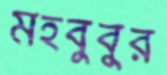
মহবুবুর